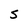
Character: S